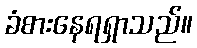
ခံစားနေရရှာသည်။